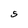
Character: 5